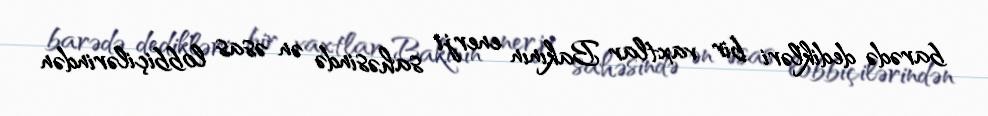
barədə dedikləri bir vaxtlar Bakının enerji sahəsində ən əsas lobbiçilərindən